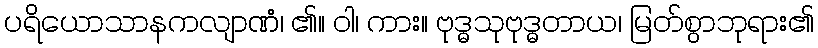
ပရိယောသာနကလျာဏံ၊ ၏။ ဝါ၊ ကား။ ဗုဒ္ဓသုဗုဒ္ဓတာယ၊ မြတ်စွာဘုရား၏